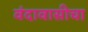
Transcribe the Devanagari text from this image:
वंदावासीचा